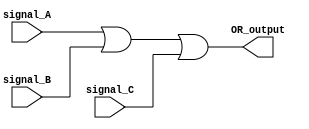
module three_input_OR_gate(
    input signal_A,
    input signal_B,
    input signal_C,
    output OR_output
);

assign OR_output = signal_A | signal_B | signal_C;

endmodule